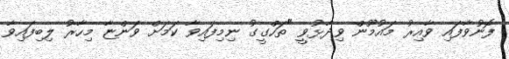
ފޮނުވާފައި ވާއިރު މައުމޫން ވިދާޅުވީ "ތަހްގީގު ނިމިފައިވާ ކަމަށް ވަންޏާ މިހާރު ލިބިފައިވާ